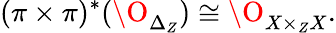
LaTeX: (\pi\times\pi)^{*}(\O_{\Delta_{Z}})\cong\O_{X\times_{Z}X}.